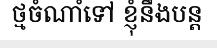
ថ្មចំណាំទៅ ខ្ញុំនឹងបន្ត